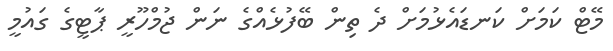
މޭޓް ކަމަށް ކަނޑައެޅުމަށް ދެ ތިން ބޭފުޅެއްގެ ނަން ޖުމްހޫރީ ޕާޓީގެ ގައުމީ